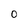
Character: 0